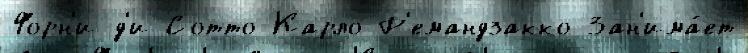
Форн'и-д'и-Сотто Карло Р'емандзакко Зан'има́ет